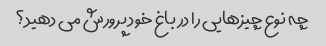
چه نوع چیزهایی را در باغ خود پرورش می دهید؟